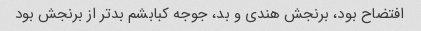
افتضاح بود، برنجش هندی و بد، جوجه کبابشم بدتر از برنجش بود